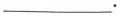
___.